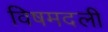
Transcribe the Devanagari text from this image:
विषमदली